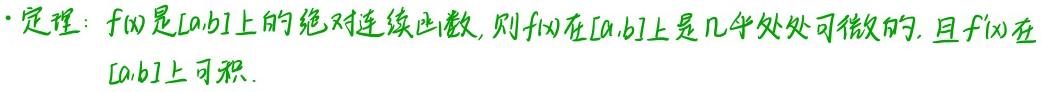
定理：$f(x)$是$[a,b]$上的绝对连续函数, 则$f(x)$在$[a,b]$上是几乎处处可微的, 且$f(x)$在$[a,b]$上可积.